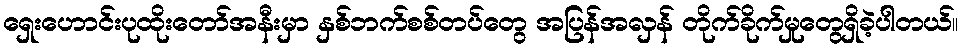
ရှေးဟောင်းပုထိုးတော်အနီးမှာ နှစ်ဘက်စစ်တပ်တွေ အပြန်အလှန် တိုက်ခိုက်မှုတွေရှိခဲ့ပါတယ်။